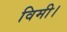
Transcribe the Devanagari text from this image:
विमी।